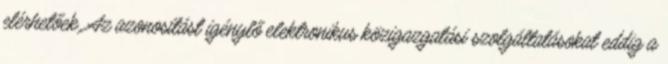
elérhetőek. Az azonosítást igénylő elektronikus közigazgatási szolgáltatásokat eddig a